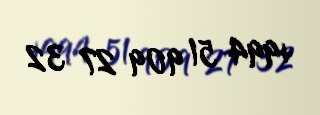
+994 51 909 27 32